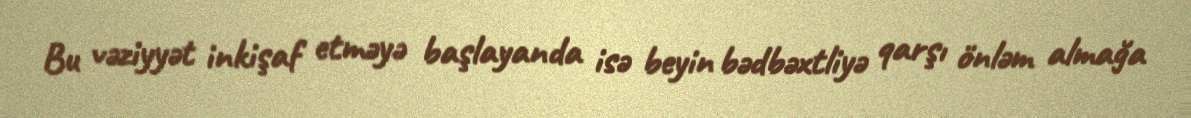
Bu vəziyyət inkişaf etməyə başlayanda isə beyin bədbəxtliyə qarşı önləm almağa